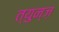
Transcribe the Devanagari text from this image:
त्युन्ज़